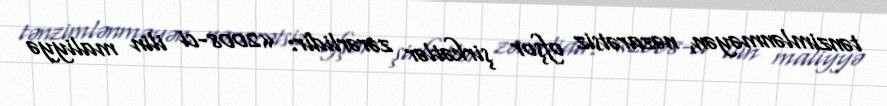
tənzimlənməyən, nəzarətsiz ofşor şirkətlər zərərlidir: «2008-ci ilin maliyyə